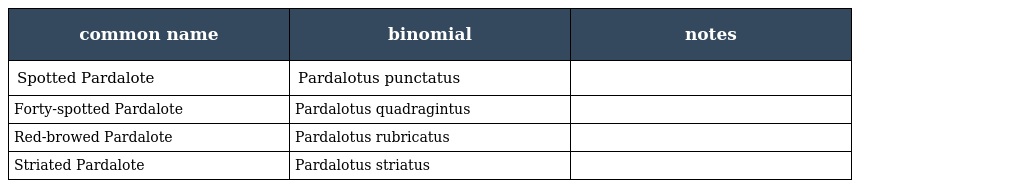
| common name | binomial | notes |
 | --- | --- | --- |
 | Spotted Pardalote | Pardalotus punctatus |  |
 | Forty-spotted Pardalote | Pardalotus quadragintus |  |
 | Red-browed Pardalote | Pardalotus rubricatus |  |
 | Striated Pardalote | Pardalotus striatus |  |